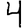
Digit: 4